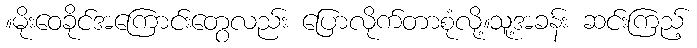
။မိုးဝေခိုင်အကြောင်းတွေလည်း ပြောလိုက်တာစုံလို့။သူ့အခန်း ဆင်းကြည့်